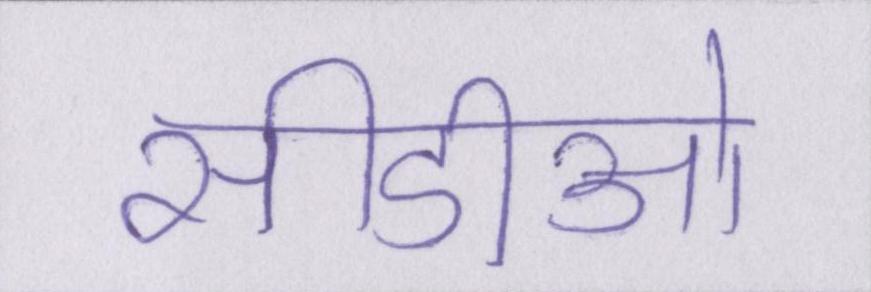
सीडीओ